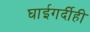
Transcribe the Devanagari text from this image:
घाईगर्दीही